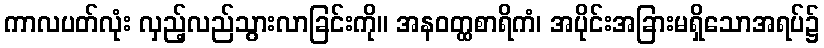
ကာလပတ်လုံး လှည့်လည်သွားလာခြင်းကို။ အနဝတ္ထစာရိကံ၊ အပိုင်းအခြားမရှိသောအရပ်၌